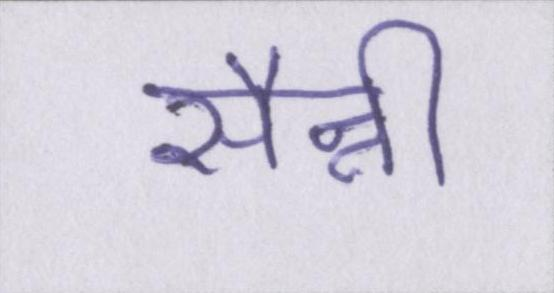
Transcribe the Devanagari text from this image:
सैन्नी